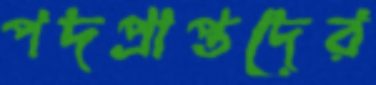
পদপ্রাপ্তদের